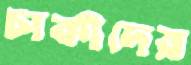
চাকীদের